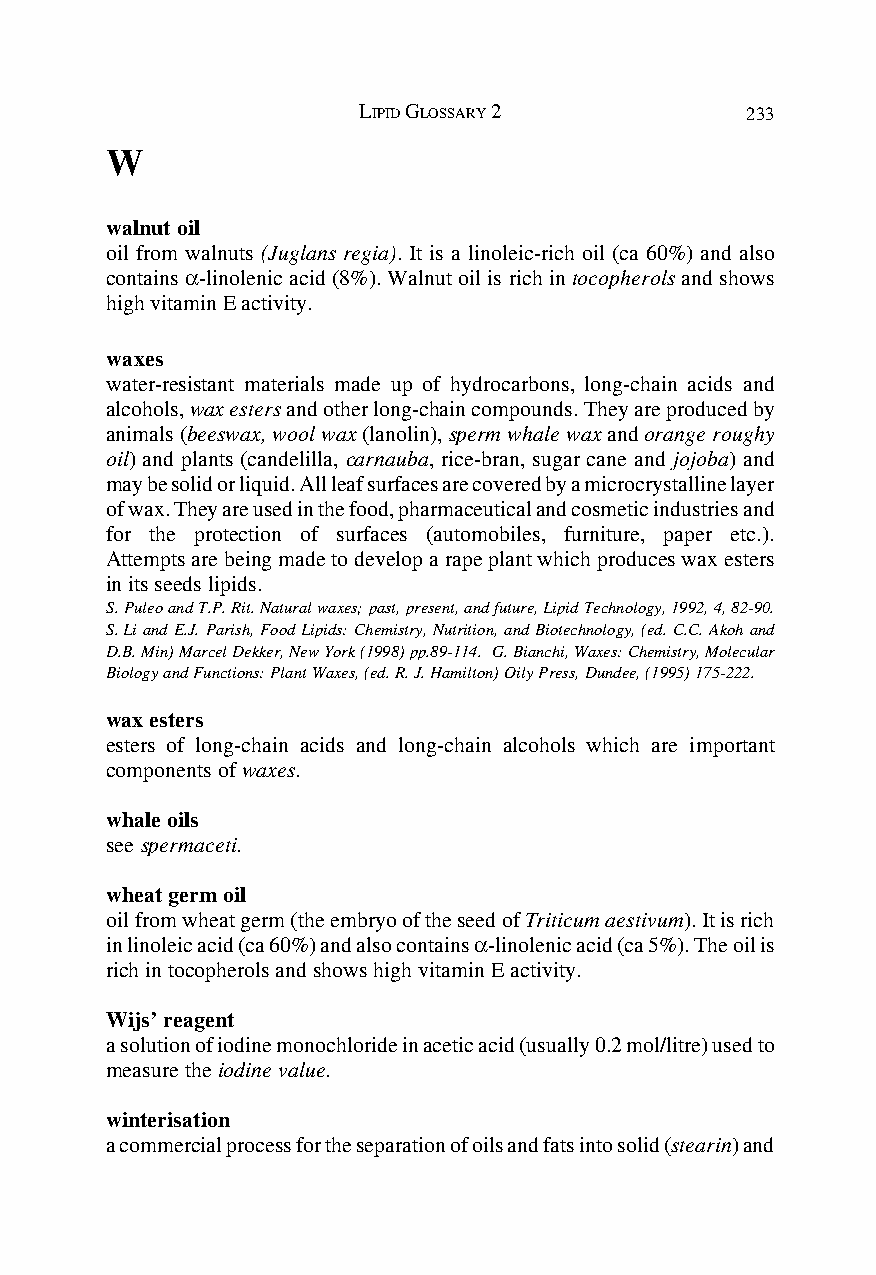
LIPID GLOSSARY 2         233
 W
 walnut oil
 oil from walnuts (Juglans regia). It is a linoleic-rich oil (ca 60%) and also
 contains α-linolenic acid (8%). Walnut oil is rich in tocopherols and shows
 high vitamin E activity.
 waxes
 water-resistant materials made up of hydrocarbons, long-chain acids and
 alcohols, wax esters and other long-chain compounds. They are produced by
 animals (beeswax, wool wax (lanolin), sperm whale wax and orange roughy
 oil) and plants (candelilla, carnauba, rice-bran, sugar cane and jojoba) and
 may be solid or liquid. All leaf surfaces are covered by a microcrystalline layer
 of wax. They are used in the food, pharmaceutical and cosmetic industries and
 for the protection of surfaces (automobiles, furniture, paper etc.).
 Attempts are being made to develop a rape plant which produces wax esters
 in its seeds lipids.
 S. Puleo and T.P. Rit. Natural waxes; past, present, and future, Lipid Technology, 1992, 4, 82-90.
 S. Li and E.J. Parish, Food Lipids: Chemistry, Nutrition, and Biotechnology, (ed. C.C. Akoh and
 D.B. Min) Marcel Dekker, New York (1998) pp.89-114. G. Bianchi, Waxes: Chemistry, Molecular
 Biology and Functions: Plant Waxes, (ed. R. J. Hamilton) Oily Press, Dundee, (1995) 175-222.
 wax esters
 esters of long-chain acids and long-chain alcohols which are important
 components of waxes.
 whale oils
 see spermaceti.
 wheat germ oil
 oil from wheat germ (the embryo of the seed of Triticum aestivum). It is rich
 in linoleic acid (ca 60%) and also contains α-linolenic acid (ca 5%). The oil is
 rich in tocopherols and shows high vitamin E activity.
 Wijs’ reagent
 a solution of iodine monochloride in acetic acid (usually 0.2 mol/litre) used to
 measure the iodine value.
 winterisation
 a commercial process for the separation of oils and fats into solid (stearin) and